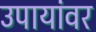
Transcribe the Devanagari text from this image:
उपायांवर